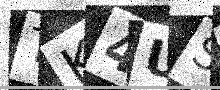
Text: TK4US8